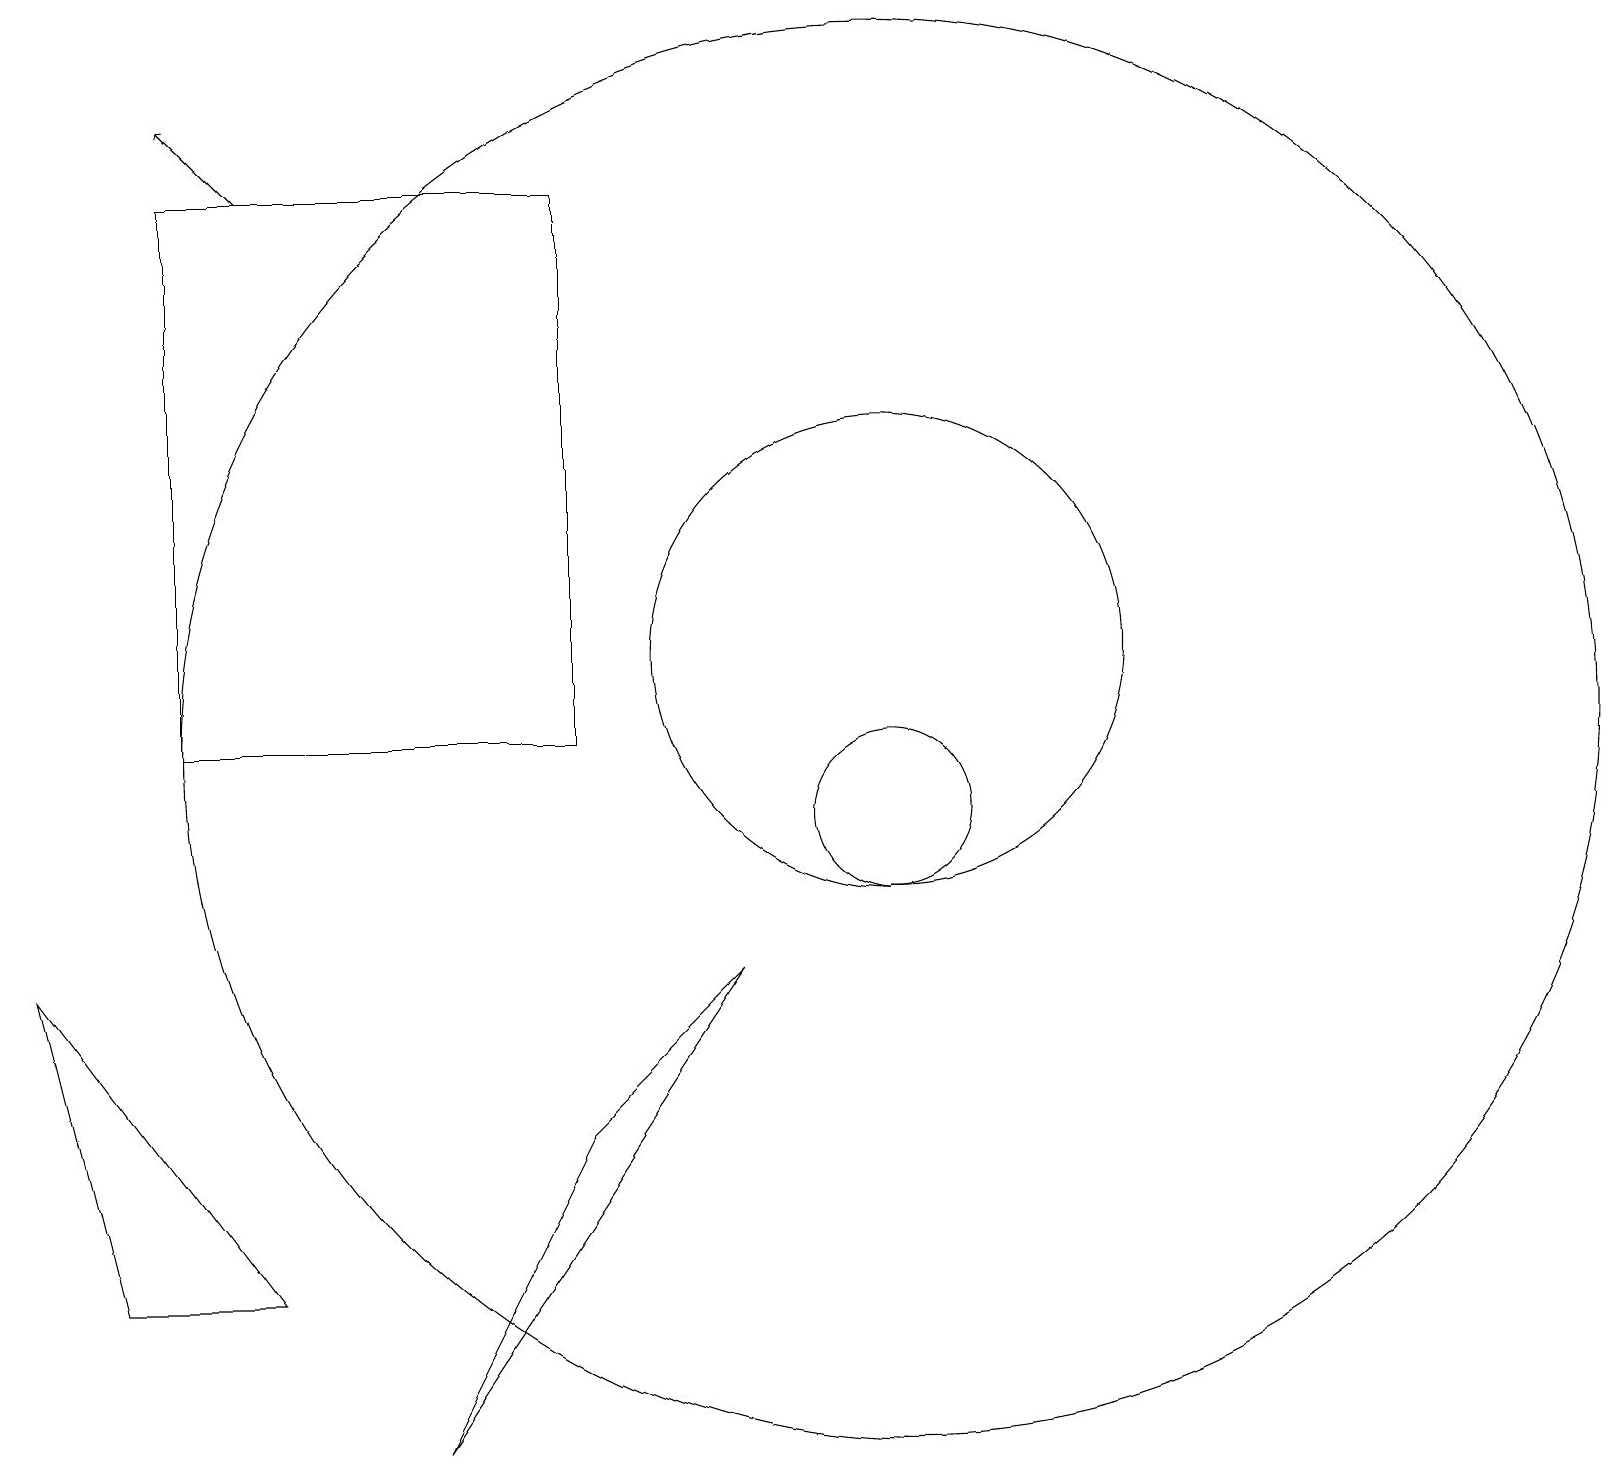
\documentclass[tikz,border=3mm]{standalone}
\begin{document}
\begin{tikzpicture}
\draw (7,18) rectangle (2,11);
\draw (11,11) circle (9);
\draw (11,12) circle (3);
\draw (9,8) -- (7,6) -- (5,2) -- cycle;
\draw (3,4) -- (0,8) -- (1,4) -- cycle;
\draw[->] (3,18) -- (2,19);
\draw (11,10) circle (1);
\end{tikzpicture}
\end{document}